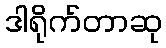
ဒါရိုက်တာဆု